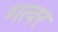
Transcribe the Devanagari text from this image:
गत्वर